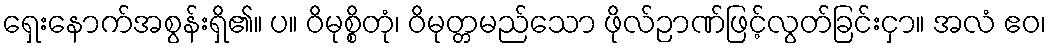
ရှေးနောက်အစွန်းရှိ၏။ ပ။ ဝိမုစ္စိတုံ၊ ဝိမုတ္တမည်သော ဖိုလ်ဉာဏ်ဖြင့်လွတ်ခြင်းငှာ။ အလံ ဧဝ၊